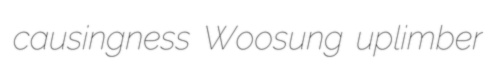
causingness Woosung uplimber